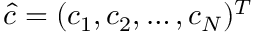
\hat { c } = ( c _ { 1 } , c _ { 2 } , \ldots , c _ { N } ) ^ { T }